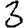
Digit: 3